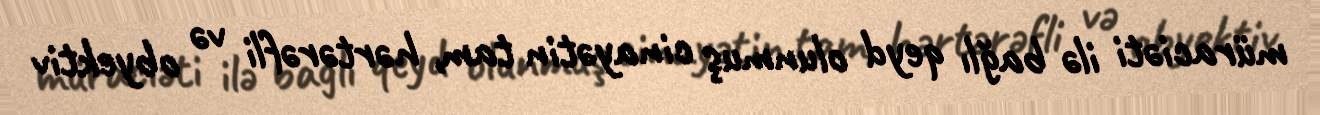
müraciəti ilə bağlı qeyd olunmuş cinayətin tam, hərtərəfli və obyektiv